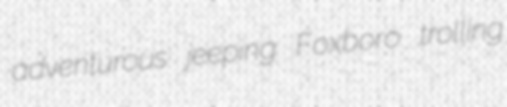
adventurous jeeping Foxboro trolling